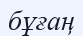
бұғаң